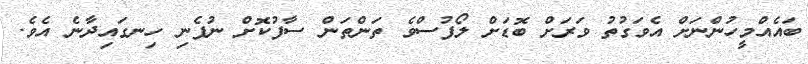
ބައެއްމީހުންނަށް އެވަގުތު ވަރަށް ބޮޑަށް ލޯފުސްވެ ތަންތަން ސާފުކޮށް ނުފެނި ހިނގައިދާނެ އެވެ.